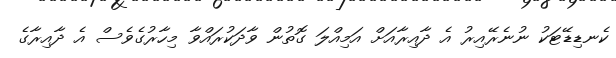
ކެނޑިޑޭޓަކު ނުނެރޭއިރު އެ ދާއިރާއަށް އަމިއްލަ ގޮތުން ވާދަކުރައްވާ މިހާރުގެވެސް އެ ދާއިރާގެ